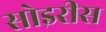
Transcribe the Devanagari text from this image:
सोइरीस